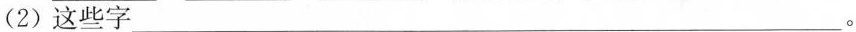
(2)这些字___。